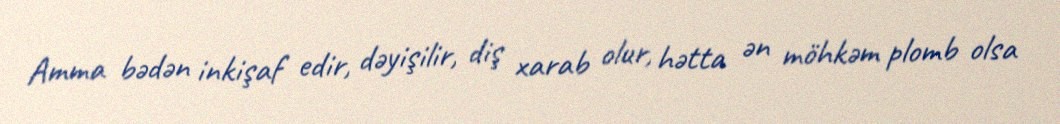
Amma bədən inkişaf edir, dəyişilir, diş xarab olur, hətta ən möhkəm plomb olsa